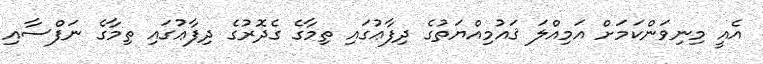
އެއީ މިނިވަންކަމަށް އަމިއްލަ ޤައުމިއްޔަތުގެ ދިފާޢުގައި ތިމާގެ ގެދޮރުގެ ދިފާޢުގައި ތިމާގެ ނަފްސާއި